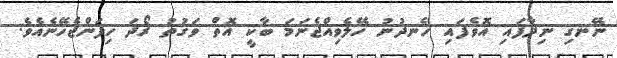
ނޭނގި ނިދާފައި އޮވެފައި ހެނދުނު ހޭލެވިއްޖެނަމަ ބާކީ އޮތް ވަގުތު ރޯދަ ހިފަންޖެހޭނެއެވެ.